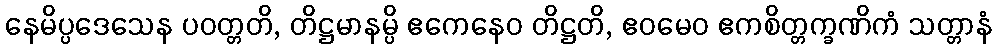
နေမိပ္ပဒေသေန ပဝတ္တတိ, တိဋ္ဌမာနမ္ပိ ဧကေနေဝ တိဋ္ဌတိ, ဧဝမေဝ ဧကစိတ္တက္ခဏိကံ သတ္တာနံ